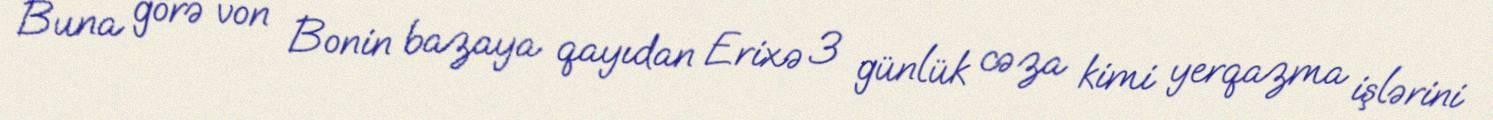
Buna görə von Bonin bazaya qayıdan Erixə 3 günlük cəza kimi yerqazma işlərini